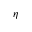
\eta